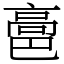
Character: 䯩